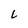
Character: L